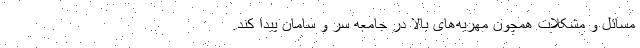
مسائل و مشکلات همچون مهریه‌های بالا در جامعه سر و سامان پیدا کند.